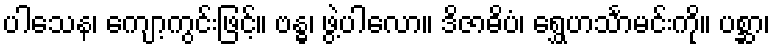
ပါသေန၊ ကျော့ကွင်းဖြင့်။ ဗန္ဓ၊ ဖွဲ့ပါလော။ ဒိဇာဓိပံ၊ ရွှေဟင်္သာမင်းကို။ ပစ္ဆာ၊